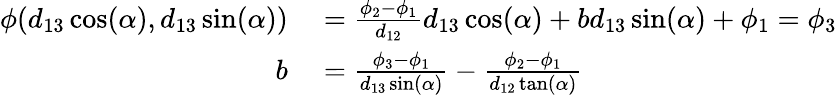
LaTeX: \begin{array}{rl}{\phi(d_{13}\cos(\alpha),d_{13}\sin(\alpha))}&{{}=\frac{\phi_{2}-\phi_{1}}{d_{12}}d_{13}\cos(\alpha)+bd_{13}\sin(\alpha)+\phi_{1}=\phi_{3}}\\ {b}&{{}=\frac{\phi_{3}-\phi_{1}}{d_{13}\sin(\alpha)}-\frac{\phi_{2}-\phi_{1}}{d_{12}\tan(\alpha)}}\end{array}